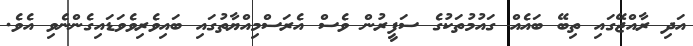
އަދި ރާއްޖޭގައި ތިބޭ ބައެއް ގައުމުތަކުގެ ސަފީރުން ވެސް އެރަސްމިއްޔާތުގައި ބައިވެރިވެވަޑައިގެންނެވި އެވެ.